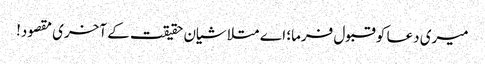
میری دعا کو قبول فرما؛ اے متلاشیان حقیقت کے آخری مقصود!